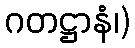
ဂတဋ္ဌာနံ၊)